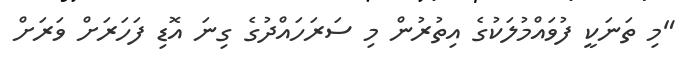
"މި ތަނަކީ ފުވައްމުލަކުގެ އިތުރުން މި ސަރަހައްދުގެ ގިނަ އޮޑި ފަހަރަށް ވަރަށް